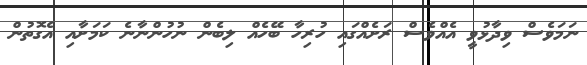
ނަމަވެސް ވިދާޅުވީ އެއްވެސް ރަށެއްގައި ހުރިހާ ބޭހެއް ލިބެން ނުހުންނާނެ ކަމަށާއި އެގޮތުން